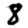
Digit: 8